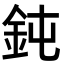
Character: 鈍